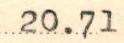
20.71